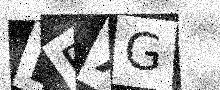
Text: EFXG